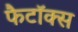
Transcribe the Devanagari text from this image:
फैटॉक्स